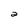
Character: a